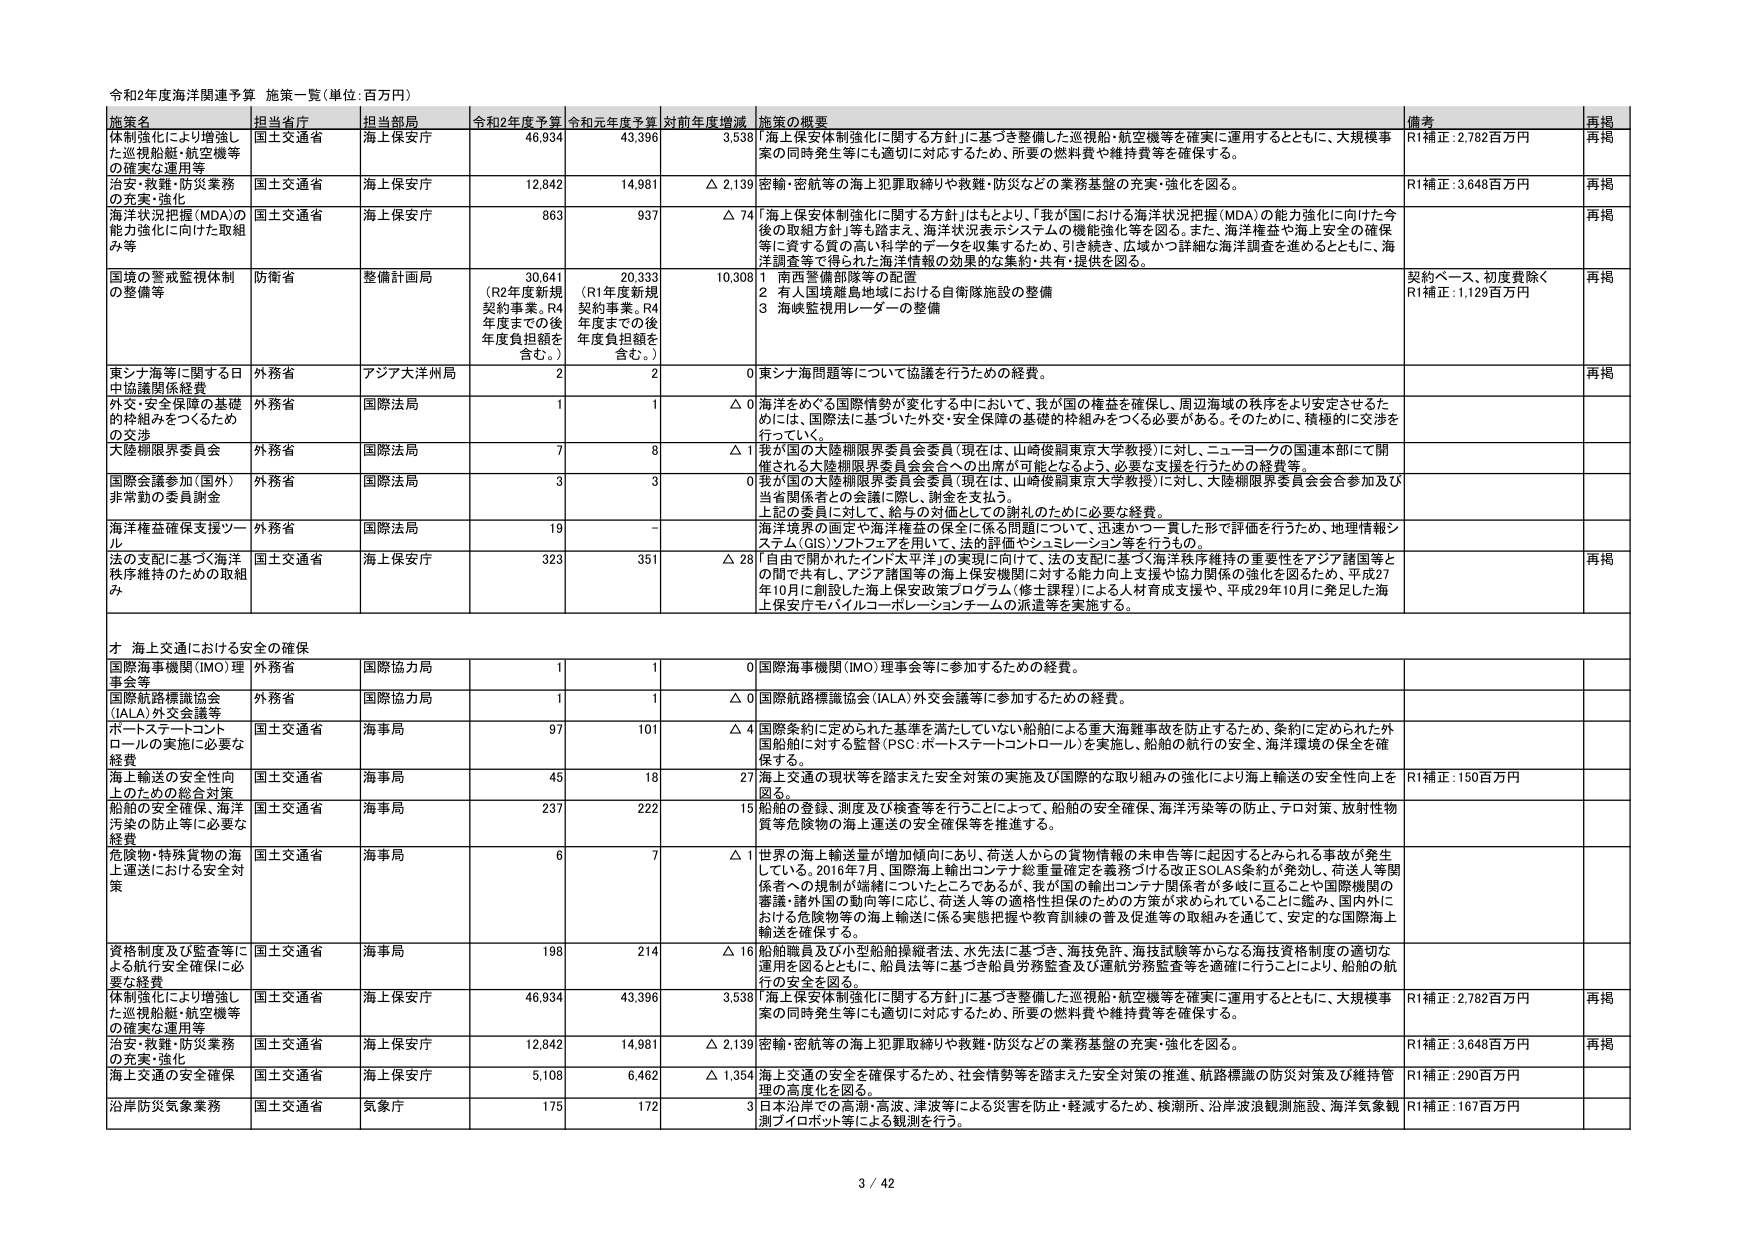
令和2年度海洋関連予算 施策一覧（単位：百万円）

施策名 担当省庁 担当部局 令和2年度予算 令和元年度予算 対前年度増減 施策の概要 備考 再掲

体制強化により増強した巡視船艇・航空機等の確実な運用等 国土交通省 海上保安庁 46,934 43,396 3,538 「海上保安体制強化に関する方針」に基づき整備した巡視船・航空機等を確実に運用するとともに、大規模事案の同時発生等にも適切に対応するため、所要の燃料費や維持費等を確保する。 R1補正：2,782百万円 再掲

治安・救難・防災業務の充実・強化 国土交通省 海上保安庁 12,642 14,981 △ 2,139 密輸・密航等の海上犯罪取締りや救難・防災などの業務基盤の充実・強化を図る。 R1補正：3,648百万円 再掲

海洋状況把握（MDA）の能力強化に向けた取組み等 国土交通省 海上保安庁 863 937 △ 74 「海上保安体制強化に関する方針」はもとより、「我が国における海洋状況把握（MDA）の能力強化に向けた今後の取組方針」等も踏まえ、海洋状況表示システムの機能強化等を図る。また、海洋権益や海上安全の確保等に資する質の高い科学的データを収集するため、引き続き、広域かつ詳細な海洋調査を進めるとともに、海洋調査等で得られた海洋情報の効果的な集約・共有・提供を図る。 再掲

国境の警戒監視体制の整備等 防衛省 整備計画局 30,641 （R2年度新規契約事業。R4年度までの後年度負担額を含む。） 20,333 （R1年度新規契約事業。R4年度までの後年度負担額を含む。） 10,308 1 南西警備部隊等の配置 2 有人国境離島地域における自衛隊施設の整備 3 海峡監視用レーダーの整備 契約ベース、初度費除く R1補正：1,129百万円 再掲

東シナ海等に関する日中協議関係経費 外務省 アジア大洋州局 2 2 0 東シナ海問題等について協議を行うための経費。 再掲

外交・安全保障の基礎的枠組みをつくるための交渉 外務省 国際法局 1 1 △ 0 海洋をめぐる国際情勢が変化する中において、我が国の権益を確保し、周辺海域の秩序をより安定させるためには、国際法に基づいた外交・安全保障の基礎的枠組みをつくる必要がある。そのために、積極的に交渉を行っていく。

大陸棚限界委員会 外務省 国際法局 7 8 △ 1 「我が国の大陸棚限界委員会委員（現在は、山崎俊嗣東京大学教授）に対して、ニューヨークの国連本部にて開催される大陸棚限界委員会会合への出席が可能となるよう、必要な支援を行うための経費等。

国際会議参加（国外）非常勤の委員謝金 外務省 国際法局 3 3 0 我が国の大陸棚限界委員会委員（現在は、山崎俊嗣東京大学教授）に対し、大陸棚限界委員会会合参加及び当省関係者との会議に際し、謝金を支払う。 上記の委員に対して、給与の対価としての謝礼のために必要な経費。

海洋権益確保支援ツール 外務省 国際法局 19 - 海洋境界の画定や海洋権益の保全に係る問題について、迅速かつ一貫した形で評価を行うため、地理情報システム（GIS）ソフトウェアを用いて、法的評価やシミュレーション等を行うもの。

法の支配に基づく海洋秩序維持のための取組み 国土交通省 海上保安庁 323 351 △ 28 「自由で開かれたインド太平洋」の実現に向けて、法の支配に基づく海洋秩序維持の重要性をアジア諸国等との間で共有し、アジア諸国等の海上保安機関に対する能力向上支援や協力関係の強化を図るため、平成27年10月に創設した海上保安政策プログラム（修士課程）による人材育成支援や、平成29年10月に発足した海上保安庁モバイルコーポレーションチームの派遣等を実施する。 再掲

オ 海上交通における安全の確保

国際海事機関（IMO）理事会等 外務省 国際協力局 1 1 0 国際海事機関（IMO）理事会等に参加するための経費。

国際航路標識協会（IALA）外交会議等 外務省 国際協力局 1 1 △ 0 国際航路標識協会（IALA）外交会議等に参加するための経費。

ボートステートコントロールの実施に必要な経費 国土交通省 海事局 97 101 △ 4 国際条約に定められた基準を満たしていない船舶による重大海難事故を防止するため、条約に定められた外国船舶に対する監督（PSC：ボートステートコントロール）を実施し、船舶の航行の安全、海洋環境の保全を確保する。

海上輸送の安全性向上のための総合対策 国土交通省 海事局 45 18 27 海上交通の現状等を踏まえた安全対策の実施及び国際的な取り組みの強化により海上輸送の安全性向上を図る。 R1補正：150百万円

船舶の安全確保、海洋汚染の防止等に必要な経費 国土交通省 海事局 237 222 15 船舶の登録、測度及び検査等を行うことによって、船舶の安全確保、海洋汚染等の防止、テロ対策、放射性物質等危険物の海上運送の安全確保等を推進する。

危険物・特殊貨物の海上運送における安全対策 国土交通省 海事局 6 7 △ 1 世界の海上輸送量が増加傾向にあり、荷送人からの貨物情報の未申告等に起因するとみられる事故が発生している。2016年7月、国際海上輸出コンテナ総重量確定を義務づける改正SOLAS条約が発効し、荷送人等関係者への規制が強化されたところであるが、我が国の輸出コンテナ関係者が多岐に亘ることや国際機関の審議・諸外国の動向等に応じ、荷送人等の適格性担保のための方策が求められていることに鑑み、国内外における危険物等の海上輸送に係る実態把握や教育訓練の普及促進等の取組みを通じて、安定的な国際海上輸送を確保する。

資格制度及び監査等による航行安全確保に必要な経費 国土交通省 海事局 198 214 △ 16 船舶職員及び小型船舶操縦者法、水先法に基づき、海技免許、海技試験等からなる海技資格制度の適切な運用を図るとともに、船員法等に基づき船員労務監査及び運航労務監査等を適確に行うことにより、船舶の航行の安全を図る。

体制強化により増強した巡視船艇・航空機等の確実な運用等 国土交通省 海上保安庁 46,934 43,396 3,538 「海上保安体制強化に関する方針」に基づき整備した巡視船・航空機等を確実に運用するとともに、大規模事案の同時発生等にも適切に対応するため、所要の燃料費や維持費等を確保する。 R1補正：2,782百万円 再掲

治安・救難・防災業務の充実・強化 国土交通省 海上保安庁 12,642 14,981 △ 2,139 密輸・密航等の海上犯罪取締りや救難・防災などの業務基盤の充実・強化を図る。 R1補正：3,648百万円 再掲

海上交通の安全確保 国土交通省 海上保安庁 5,108 6,462 △ 1,354 海上交通の安全を確保するため、社会情勢等を踏まえた安全対策の推進、航路標識の防災対策及び維持管理の高度化を図る。 R1補正：290百万円

沿岸防災気象業務 国土交通省 気象庁 175 172 3 日本沿岸での高潮・高波、津波等による災害を防止・軽減するため、検潮所、沿岸波浪観測施設、海洋気象観測ブイロボット等による観測を行う。 R1補正：167百万円

3 / 42